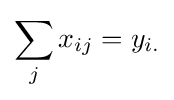
\sum _{j}x_{ij}=y_{i.}